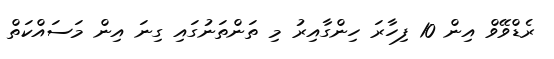
ރެޑްވޭވް އިން 10 ފިހާރަ ހިންގާއިރު މި ތަންތަނުގައި ގިނަ އިން މަސައްކަތް